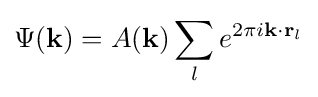
\Psi ({\textbf {k}})=A({\textbf {k}})\sum _{l}e^{2\pi i{\textbf {k}}\cdot {\textbf {r}}_{l}}